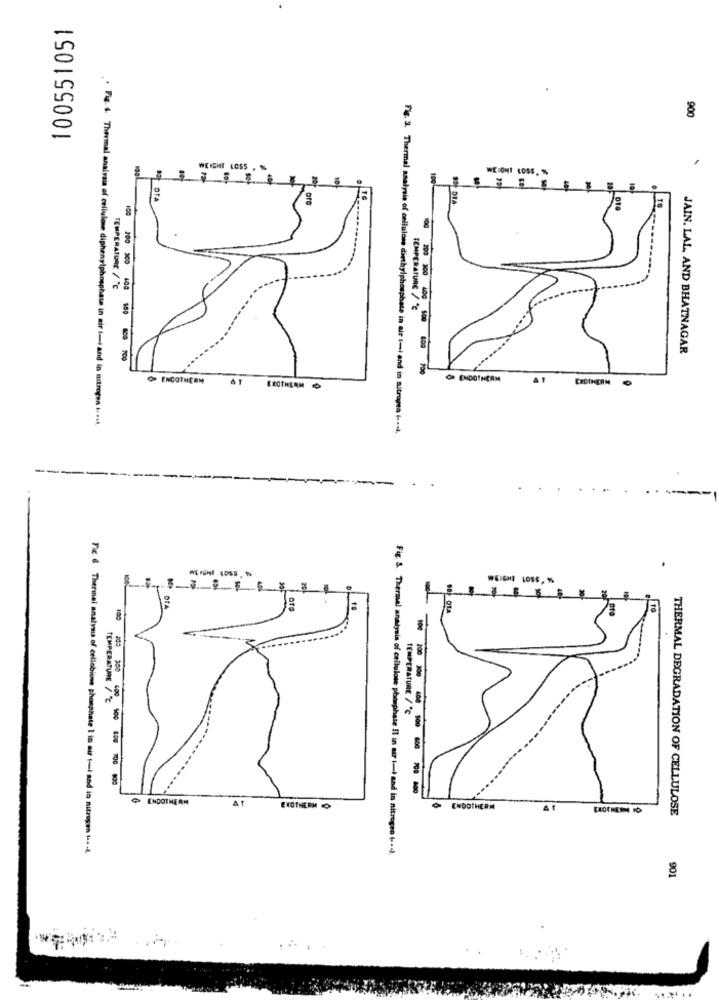
100551051
900
WEIGHT LOSS .
WEIGHT LOSS,
100
TEMPERATURE / "℃
200 300 100
TEMPERATURE / ℃
200 300 400 100 800
JAIN. LAL, AND BHATNAGAR
OP ENCOTHERM
OP ENDOTHERM
EEOTHERM
. Fig. 4. Thermal analysis of cellulose diphenylphosphate in air t-i and in nitrogen t. ...
Fig. 3. Thermal analysis of cellulose diethylphosphate in air toi and in sitropen i === ),
----
-
WEICHE LOSS, %
1
DIA
ora
100
do 300
TEMPERATURE / ℃
TEMPERATURE , 100 400 700 000
100 200 100 400 100 600 700 000
PENDOTHERM
EXOTHERM
ENDOTHERM
THERMAL DEGRADATION OF CELLULOSE
Fic. 6 Thermal analysis of cellobiose phosphate 1 in air t-i and is nitrogen (++ +k
Fig. S. Thermal analysis of cellulose phosphate !! in air |- and in nitrogen --- )
901